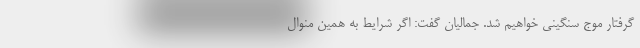
گرفتار موج سنگینی خواهیم شد. جمالیان گفت: اگر شرایط به همین منوال